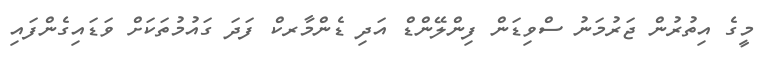
މީގެ އިތުުރުން ޖަރުމަނު ސްވިޑަން ފިންލޭންޑް އަދި ޑެންމާރކް ފަދަ ގައުމުތަކަށް ވަޑައިގެންފައި